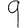
Digit: 9